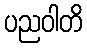
ပညဝါတိ